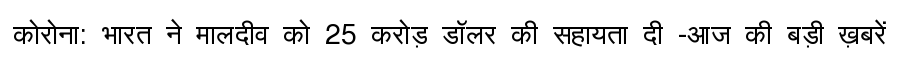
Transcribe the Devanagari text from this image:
कोरोना: भारत ने मालदीव को 25 करोड़ डॉलर की सहायता दी -आज की बड़ी ख़बरें